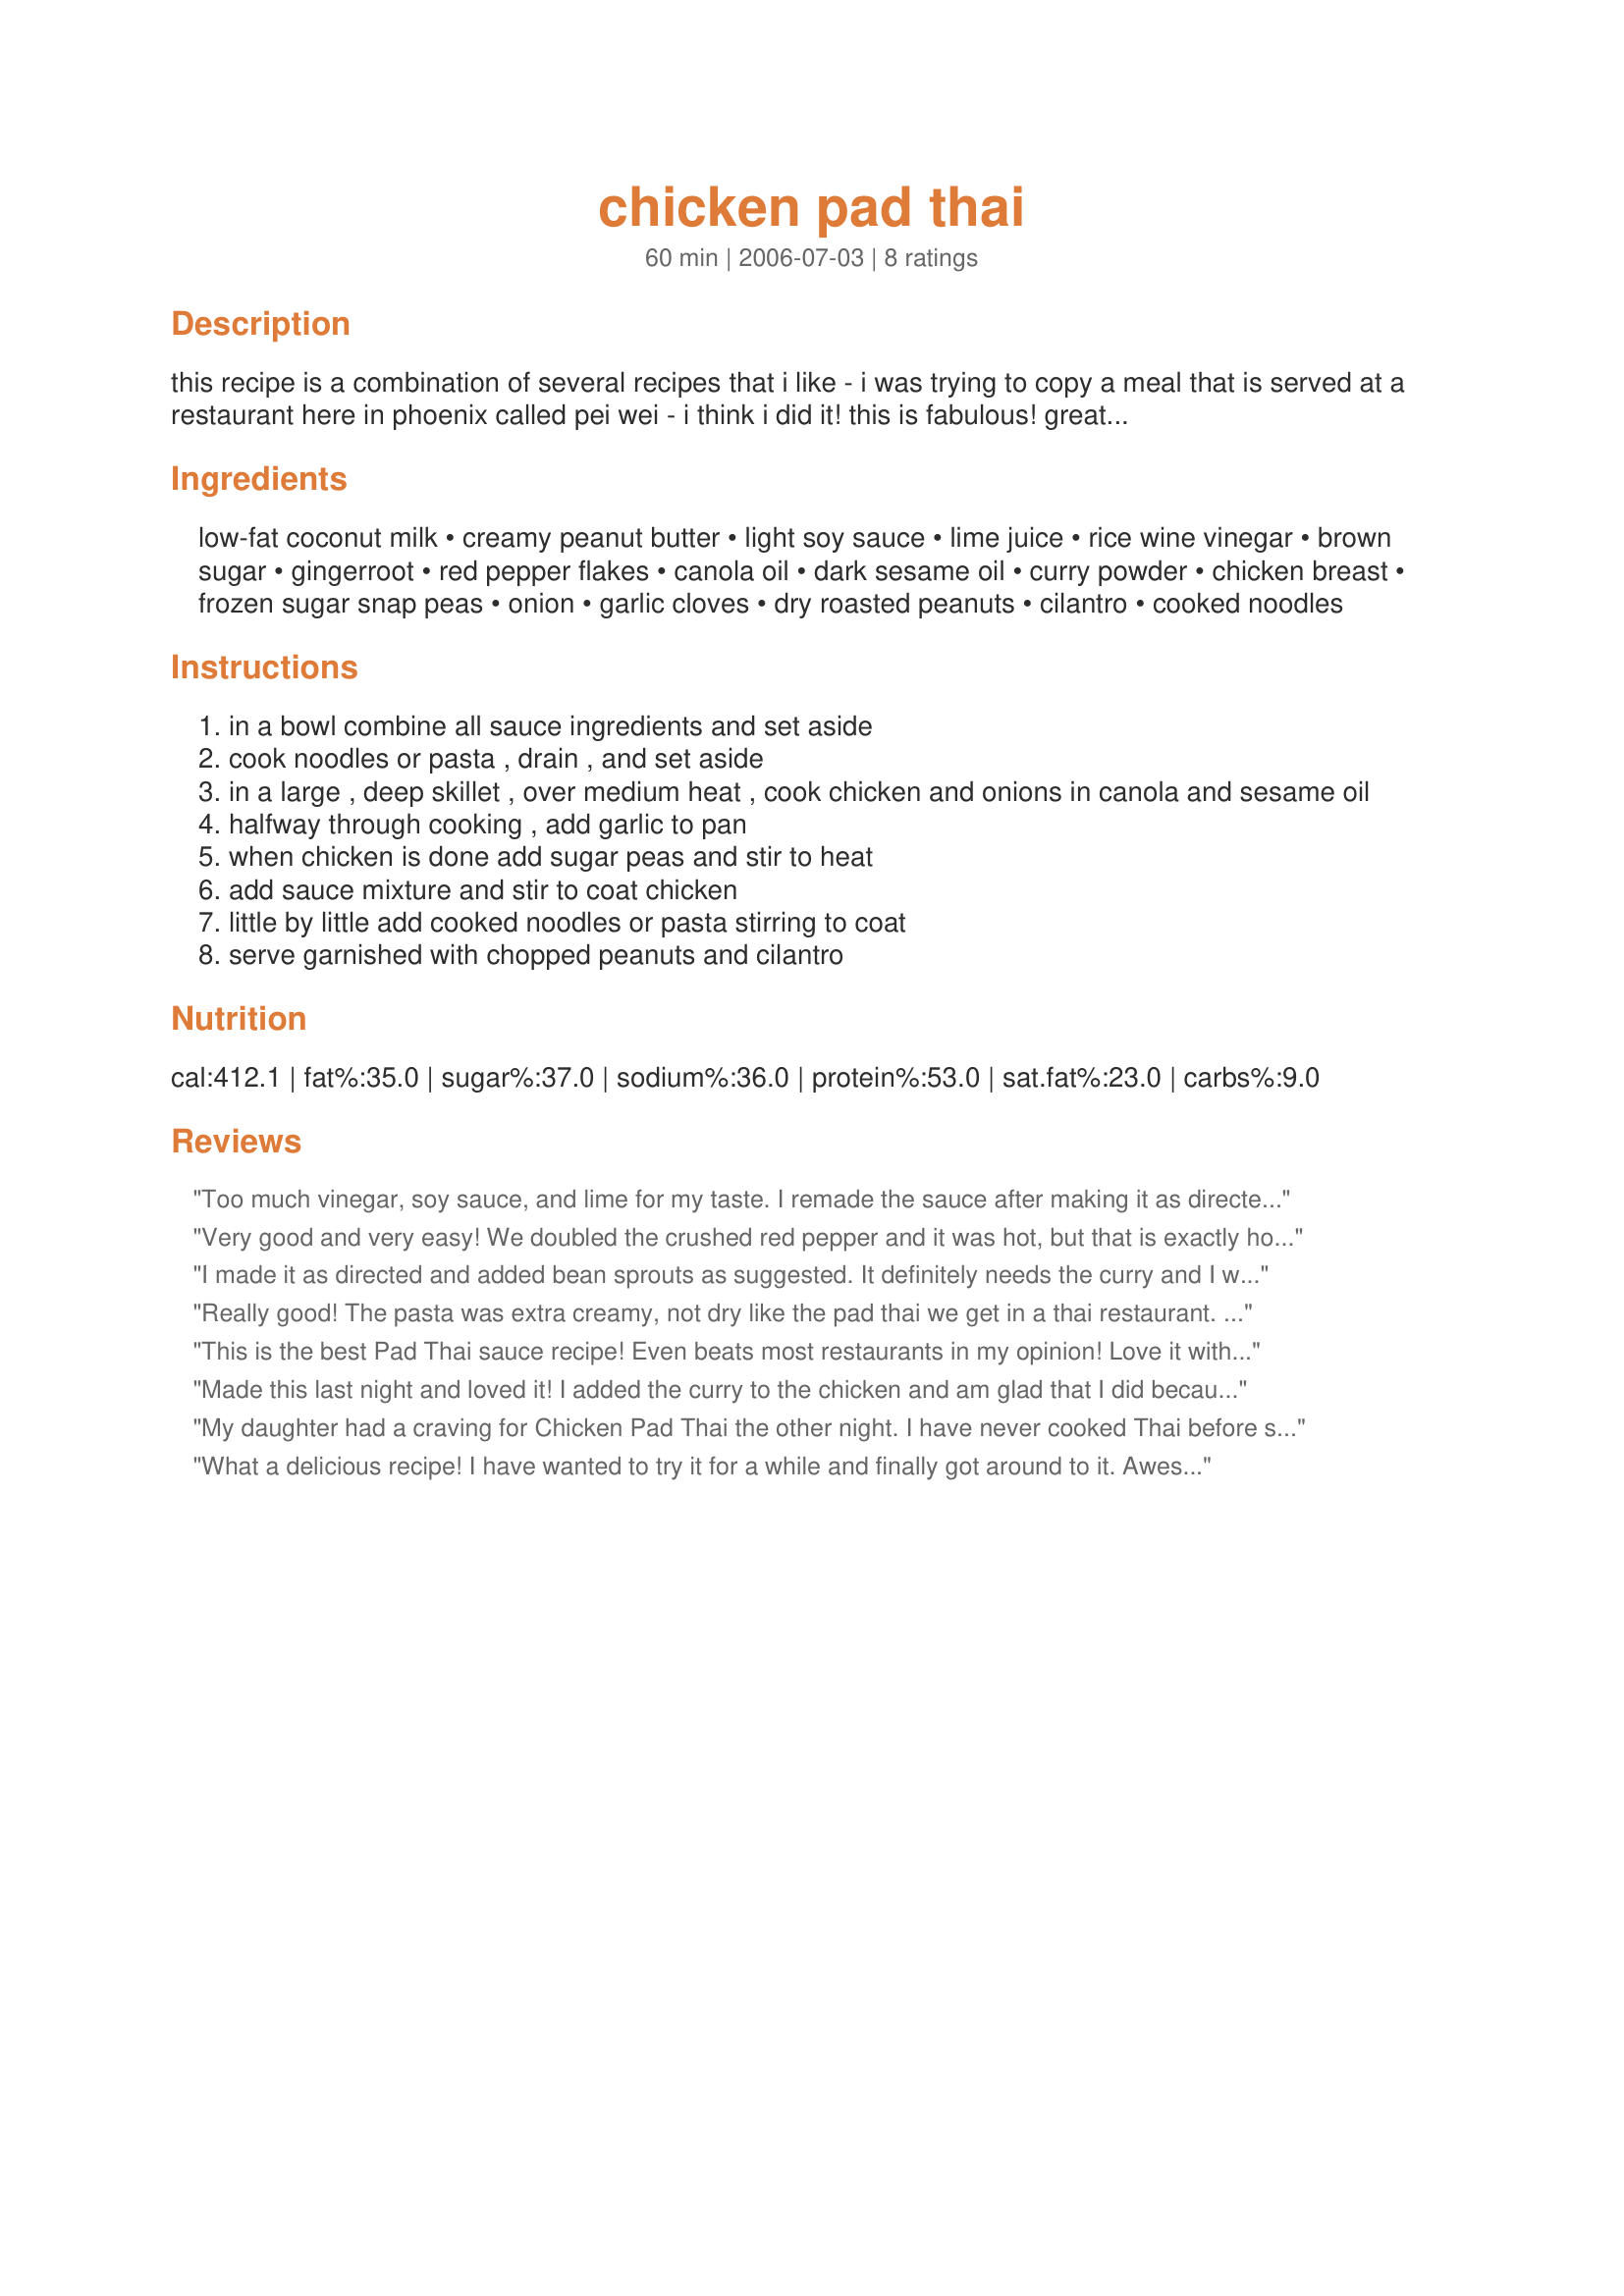
chicken pad thai
Preparation time: 60 minutes

this recipe is a combination of several recipes that i like - i was trying to copy a meal that is served at a restaurant here in phoenix called pei wei - i think i did it! this is fabulous! great flavor. instead of rice noodles we used the whole wheat fettuccini noodles from trader joe's. an optional ingredient would be to add 1 to 2 teaspoons of curry powder also. that should be added when cooking the onion and chicken in the first step. enjoy! for those of you have made this before i have tweeked this just a bit. i've added the vinegar in the sauce. went back to pei wei and discovered it was missing vinegar! reduced the oil and the amount of chicken as well.

Ingredients:
low-fat coconut milk, creamy peanut butter, light soy sauce, lime juice, rice wine vinegar, brown sugar, gingerroot, red pepper flakes, canola oil, dark sesame oil, curry powder, chicken breast, frozen sugar snap peas, onion, garlic cloves, dry roasted peanuts, cilantro, cooked noodles

Steps:
in a bowl combine all sauce ingredients and set aside
cook noodles or pasta , drain , and set aside
in a large , deep skillet , over medium heat , cook chicken and onions in canola and sesame oil
halfway through cooking , add garlic to pan
when chicken is done add sugar peas and stir to heat
add sauce mixture and stir to coat chicken
little by little add cooked noodles or pasta stirring to coat
serve garnished with chopped peanuts and cilantro

Reviews:
Too much vinegar, soy sauce, and lime for my taste. I remade the sauce after making it as directed, but this time added only a splash of vinegar, soy sauce, and lime and was really pleased with the flavor. I will definitely make this again!
Very good and very easy! We doubled the crushed red pepper and it was hot, but that is exactly how we like it. I left out the onion b/c I am not a fan. We didn't have any peas either, but I will add them next time. I added the suggested curry as well. It filled the house with the scent of so many complex spices. Thanks!
I made it as directed and added bean sprouts as suggested. It definitely needs the curry and I would add more chilis. It was okay but I wouldn't make it again.
Really good! The pasta was extra creamy, not dry like the pad thai we get in a thai restaurant. I doubled the red pepper flakes since we like our food extra spicy. The only thing I might change is maybe use less chicken next time and add more pasta.

P.S. The dark sesame oil is listed in the ingredients, but it doesn't mention adding it in the instructions. I took a chance and just added it into the chicken after it was done cooking. Worked for me! =)
This is the best Pad Thai sauce recipe! Even beats most restaurants in my opinion! Love it with chicken, bok choy, bean sprouts, onion, and sugar snap peas...yum! Thanks for posting!!!
Made this last night and loved it! I added the curry to the chicken and am glad that I did because it was delicious! Also, I didn't have creamy pb so I used my all natural crunchy and skipped adding peanuts at the end. Also used lots of cilantro, my fav! Thanks so much for the amazing recipe!!
My daughter had a craving for Chicken Pad Thai the other night. I have never cooked Thai before so didn't have a clue what to do. I tried this recipe and we were all delighted. So simple yet so delicious. A definite keeper.
What a delicious recipe! I have wanted to try it for a while and finally got around to it. Awesome! I used regular coconut milk (not low-fat), regular soy sauce and the recommended curry powder. Also, Sky Hostess recommended slicing the chicken while it was partially frozen instead of cutting into chunks. I think it cooks faster that way. Very easy recipe once you get everything cut up. Thanks for posting! :-)
